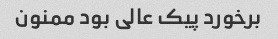
برخورد پیک عالی بود ممنون